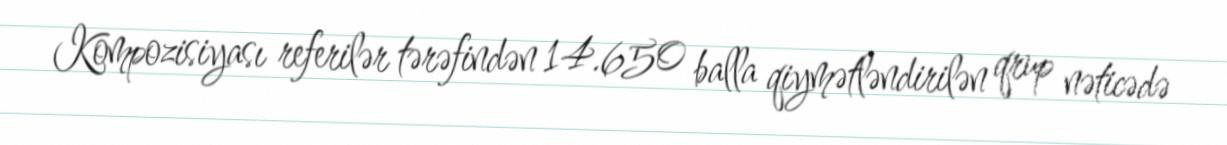
Kompozisiyası referilər tərəfindən 14.650 balla qiymətləndirilən qrup nəticədə